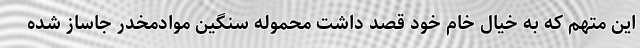
این متهم که به خیال خام خود قصد داشت محموله سنگین موادمخدر جاساز شده